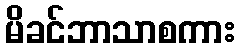
မိခင်ဘာသာစကား